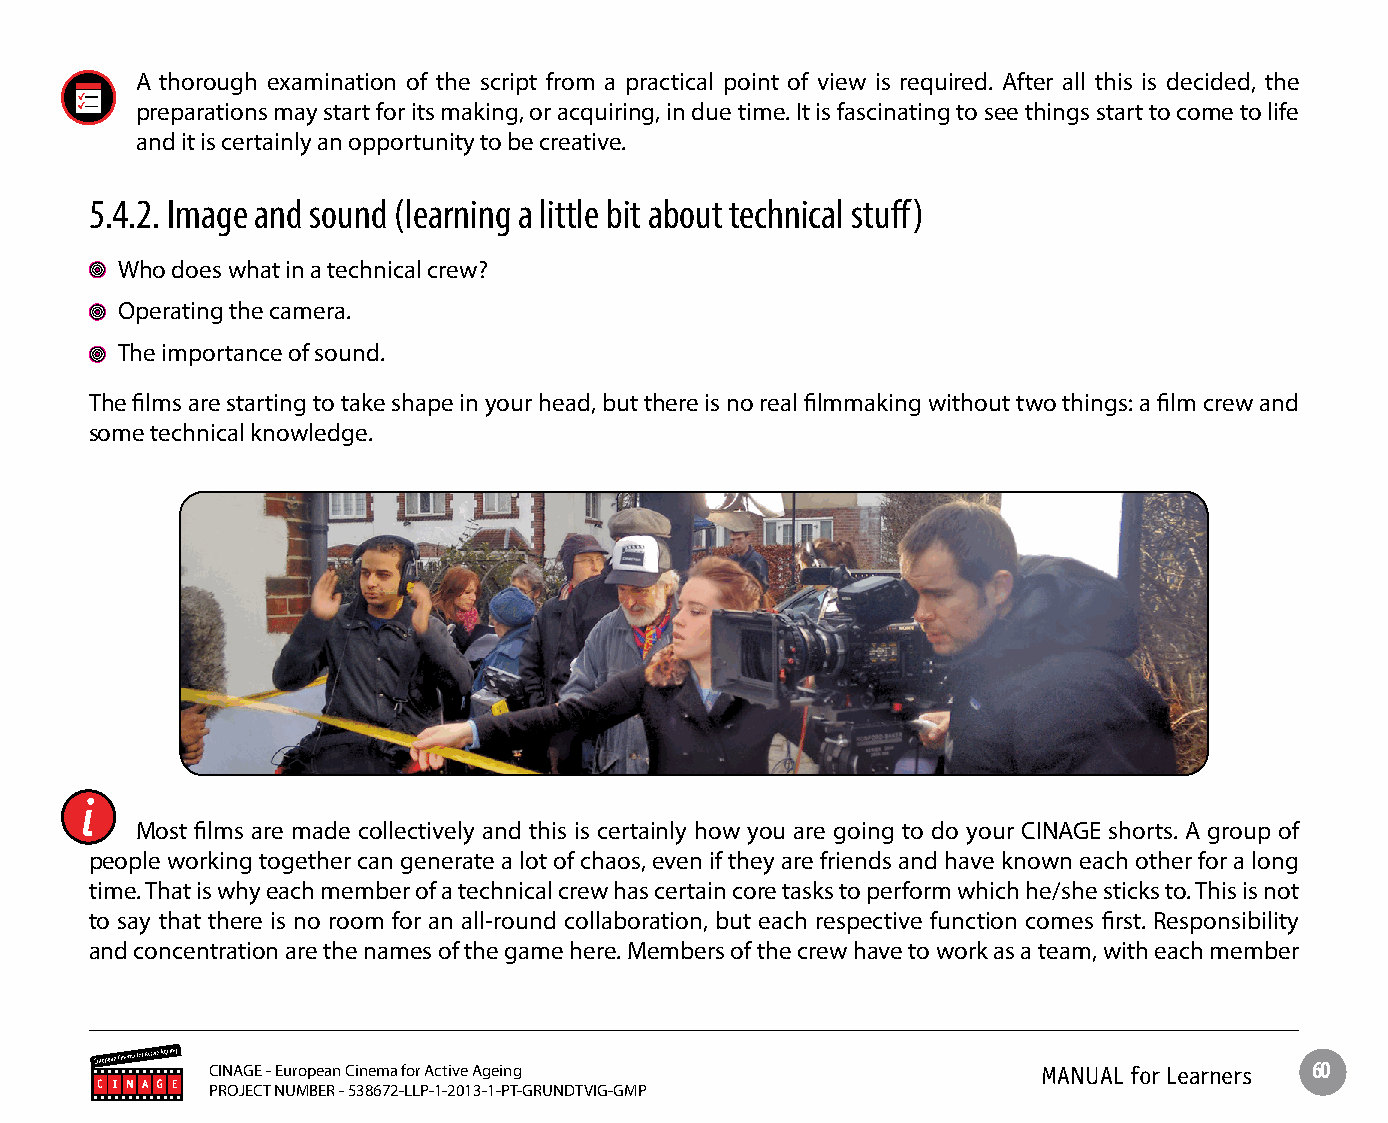
A thorough examination of the script from a practical point of view is required. After all this is decided, the
 preparations may start for its making, or acquiring, in due time. It is fascinating to see things start to come to life
 and it is certainly an opportunity to be creative.
 5.4.2. Image and sound (learning a little bit about technical stuff)
 Who does what in a technical crew?
 Operating the camera.
 The importance of sound.
 The films are starting to take shape in your head, but there is no real filmmaking without two things: a film crew and
 some technical knowledge.
 Most films are made collectively and this is certainly how you are going to do your CINAGE shorts. A group of
 people working together can generate a lot of chaos, even if they are friends and have known each other for a long
 time. That is why each member of a technical crew has certain core tasks to perform which he/she sticks to. This is not
 to say that there is no room for an all-round collaboration, but each respective function comes first. Responsibility
 and concentration are the names of the game here. Members of the crew have to work as a team, with each member
 CINAGE - European Cinema for Active Ageing             MANUAL for Learners 60
 PROJECT NUMBER - 538672-LLP-1-2013-1-PT-GRUNDTVIG-GMP